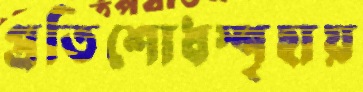
প্রতিশোধস্পৃহায়